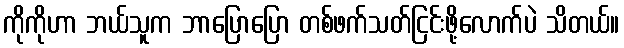
ကိုကိုဟာ ဘယ်သူက ဘာပြောပြော တစ်ဖက်သတ်ငြင်းဖို့လောက်ပဲ သိတယ်။